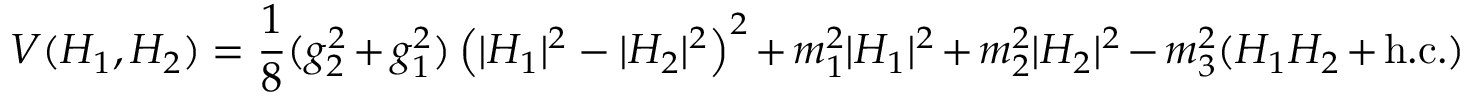
V ( H _ { 1 } , H _ { 2 } ) = \frac { 1 } { 8 } ( g _ { 2 } ^ { 2 } + g _ { 1 } ^ { 2 } ) \left( | H _ { 1 } | ^ { 2 } - | H _ { 2 } | ^ { 2 } \right) ^ { 2 } + m _ { 1 } ^ { 2 } | H _ { 1 } | ^ { 2 } + m _ { 2 } ^ { 2 } | H _ { 2 } | ^ { 2 } - m _ { 3 } ^ { 2 } ( H _ { 1 } H _ { 2 } + \mathrm { h . c . } )